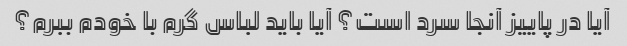
آیا در پاییز آنجا سرد است؟ آیا باید لباس گرم با خودم ببرم؟